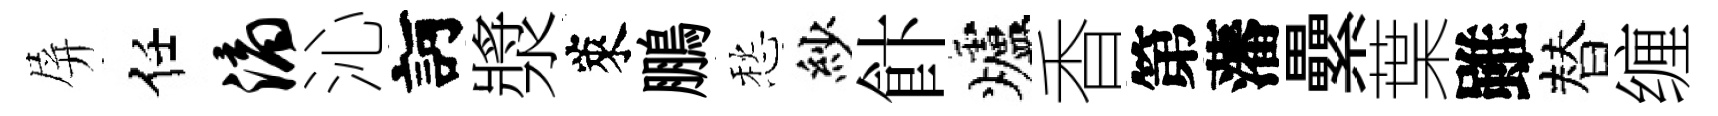
屏任滴沁訶漿萊鵬愁紗飰爐香第藩纍葉雖替缠